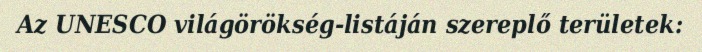
Az UNESCO világörökség-listáján szereplő területek: